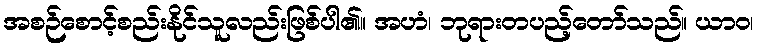
အစဉ်စောင့်စည်းနိုင်သူလည်းဖြစ်ပါ၏။ အဟံ၊ ဘုရားတပည့်တော်သည်။ ယာဝ၊